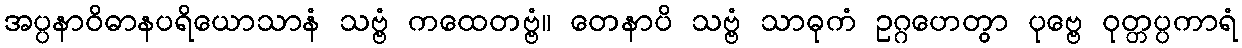
အပ္ပနာဝိဓာနပရိယောသာနံ သဗ္ဗံ ကထေတဗ္ဗံ။ တေနာပိ သဗ္ဗံ သာဓုကံ ဥဂ္ဂဟေတွာ ပုဗ္ဗေ ဝုတ္တပ္ပကာရံ